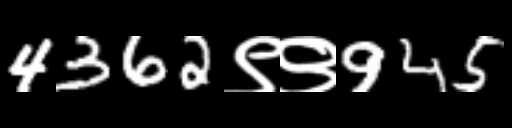
Text: 4362९९945